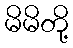
မိမိတို့